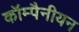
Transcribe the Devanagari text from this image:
कॉम्पैनीयन